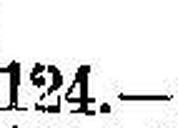
124.—